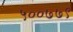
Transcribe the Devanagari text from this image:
५००७७९